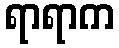
ရာရာက